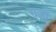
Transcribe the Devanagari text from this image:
रा्जा